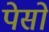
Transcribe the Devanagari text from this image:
पेसों